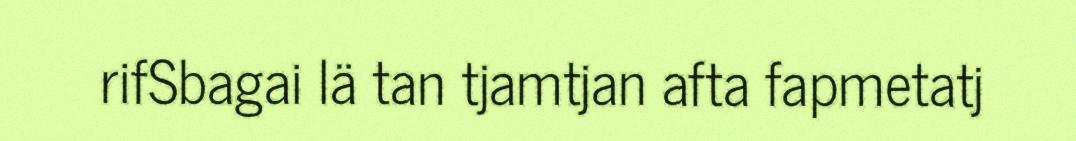
rifSbagai lä tan tjamtjan afta fapmetatj